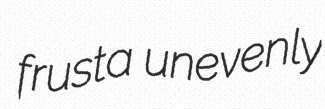
frusta unevenly